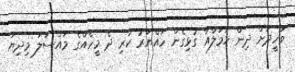
ވަހީދަށް ދިން ހަމަލާއާ ގުޅިގެން ހައްޔަރު ކުރި ދެ މީހެއްގެ މައްސަލަ މިދިޔަ